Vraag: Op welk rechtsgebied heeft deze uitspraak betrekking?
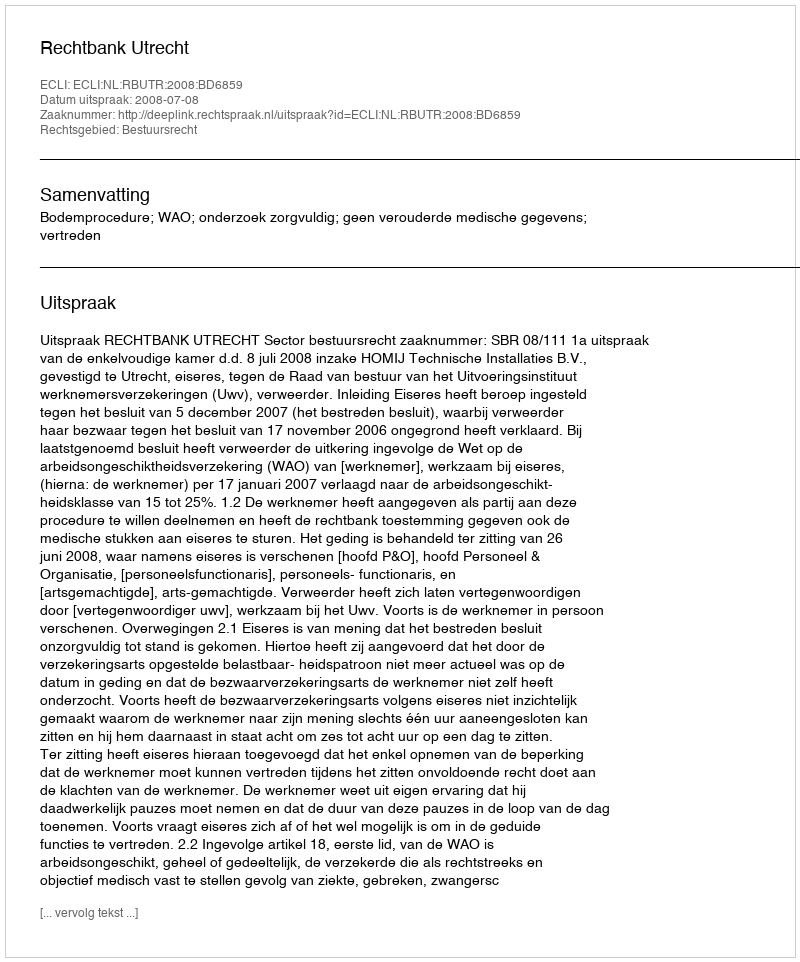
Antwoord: Bestuursrecht